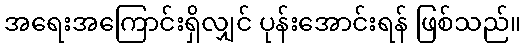
အရေးအကြောင်းရှိလျှင် ပုန်းအောင်းရန် ဖြစ်သည်။